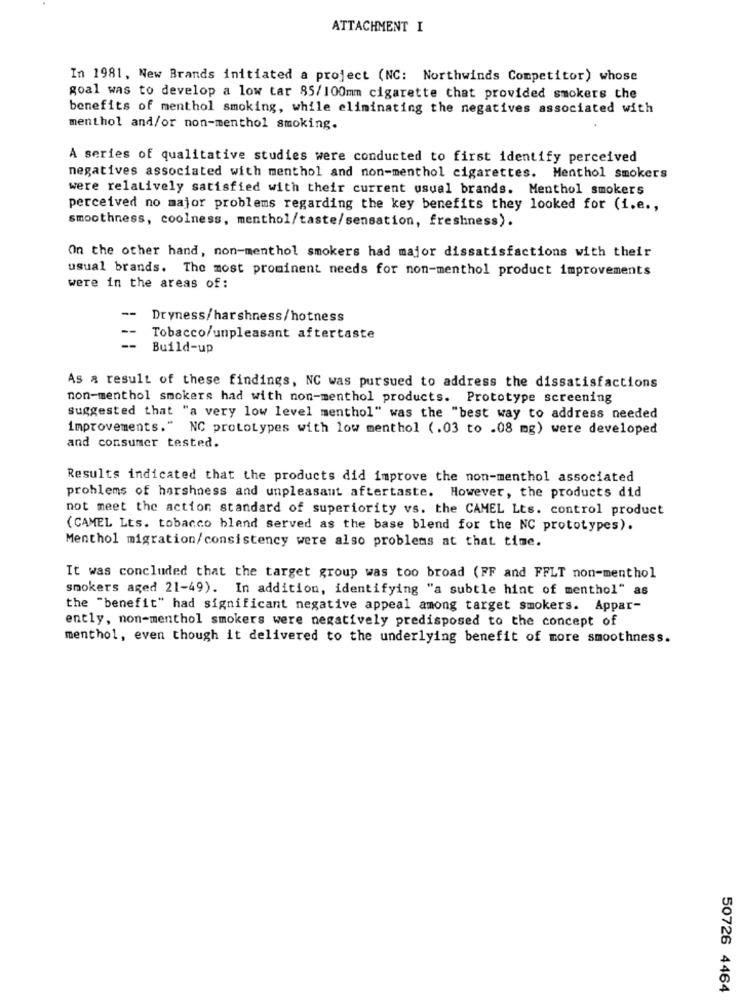
ATTACHMENT I
In 1981, New Brands initiated a project (NC: Northwinds Competitor) whose
goal was to develop a low tar 85/100mm cigarette that provided smokers the
benefits of menthol smoking, while eliminating the negatives associated with
menthol and/or non-menthol smoking.
A series of qualitative studies were conducted to first identify perceived
negatives associated with menthol and non-menthol cigarettes.
Menthol smokers
were relatively satisfied with their current usual brands. Menthol smokers
perceived no major problems regarding the key benefits they looked for (i.e .,
smoothness, coolness, menthol/taste/sensation, freshness).
On the other hand, non-menthol smokers had major dissatisfactions with their
usual brands. The most prominent needs for non-menthol product improvements
were in the areas of:
--
Dryness/harshness/hotness
Tobacco/unpleasant aftertaste
Build-up
As a result of these findings, NC was pursued to address the dissatisfactions
non-menthol smokers had with non-menthol products. Prototype screening
Suggested that "a very low level menthol" was the "best way to address needed
improvements."
NC prototypes with low menthol (.03 to .08 mg) were developed
and consumer tested.
Results indicated that the products did improve the non-menthol associated
problems of harshness and unpleasant aftertaste. However, the products did
not meet the action standard of superiority vs. the CAMEL Lts. control product
(CAMEL Lts. tobacco bland served as the base blend for the NC prototypes).
Menthol migration/consistency were also problems at that time.
It was concluded that the target group was too broad (FF and FFLT non-menthol
smokers aged 21-49). In addition, identifying "a subtle hint of menthol" as
the "benefit" had significant negative appeal among target smokers. Appar-
ently, non-menthol smokers were negatively predisposed to the concept of
menthol, even though it delivered to the underlying benefit of more smoothness.
50726 4464